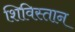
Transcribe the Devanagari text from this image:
शिविस्तान